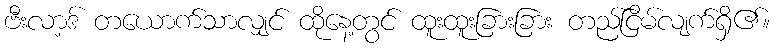
ဗီးလာ့ဒ် တယောက်သာလျှင် ထိုနေ့တွင် ထူးထူးခြားခြား တည်ငြိမ်လျက်ရှိ၏။